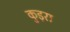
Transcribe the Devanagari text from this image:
कुड़रा